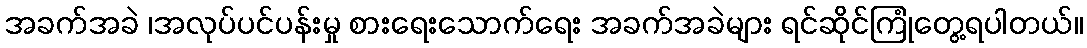
အခက်အခဲ ၊အလုပ်ပင်ပန်းမှု စားရေးသောက်ရေး အခက်အခဲများ ရင်ဆိုင်ကြုံတွေ့ရပါတယ်။